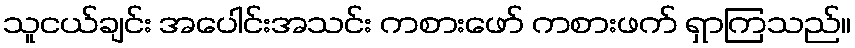
သူငယ်ချင်း အပေါင်းအသင်း ကစားဖော် ကစားဖက် ရှာကြသည်။